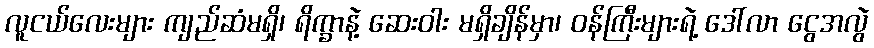
လူငယ်လေးများ ကျည်ဆံမရှိ၊ ရိက္ခာနဲ့ ဆေးဝါး မရှိချိန်မှာ၊ ဝန်ကြီးများရဲ့ ဒေါ်လာ ငွေအလွဲ